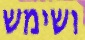
ושימש